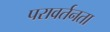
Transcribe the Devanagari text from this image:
परावर्तनता